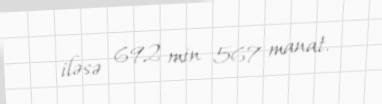
iləsə 692 min 567 manat.